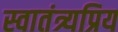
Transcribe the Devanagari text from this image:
स्वातंत्र्यप्रिय